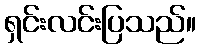
ရှင်းလင်းပြသည်။